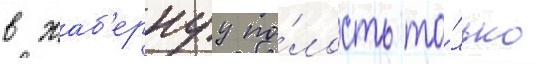
в жаб'ернуу по́лость то́лько